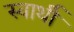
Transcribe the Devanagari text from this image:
स्‍वार्थी